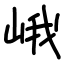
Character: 峨